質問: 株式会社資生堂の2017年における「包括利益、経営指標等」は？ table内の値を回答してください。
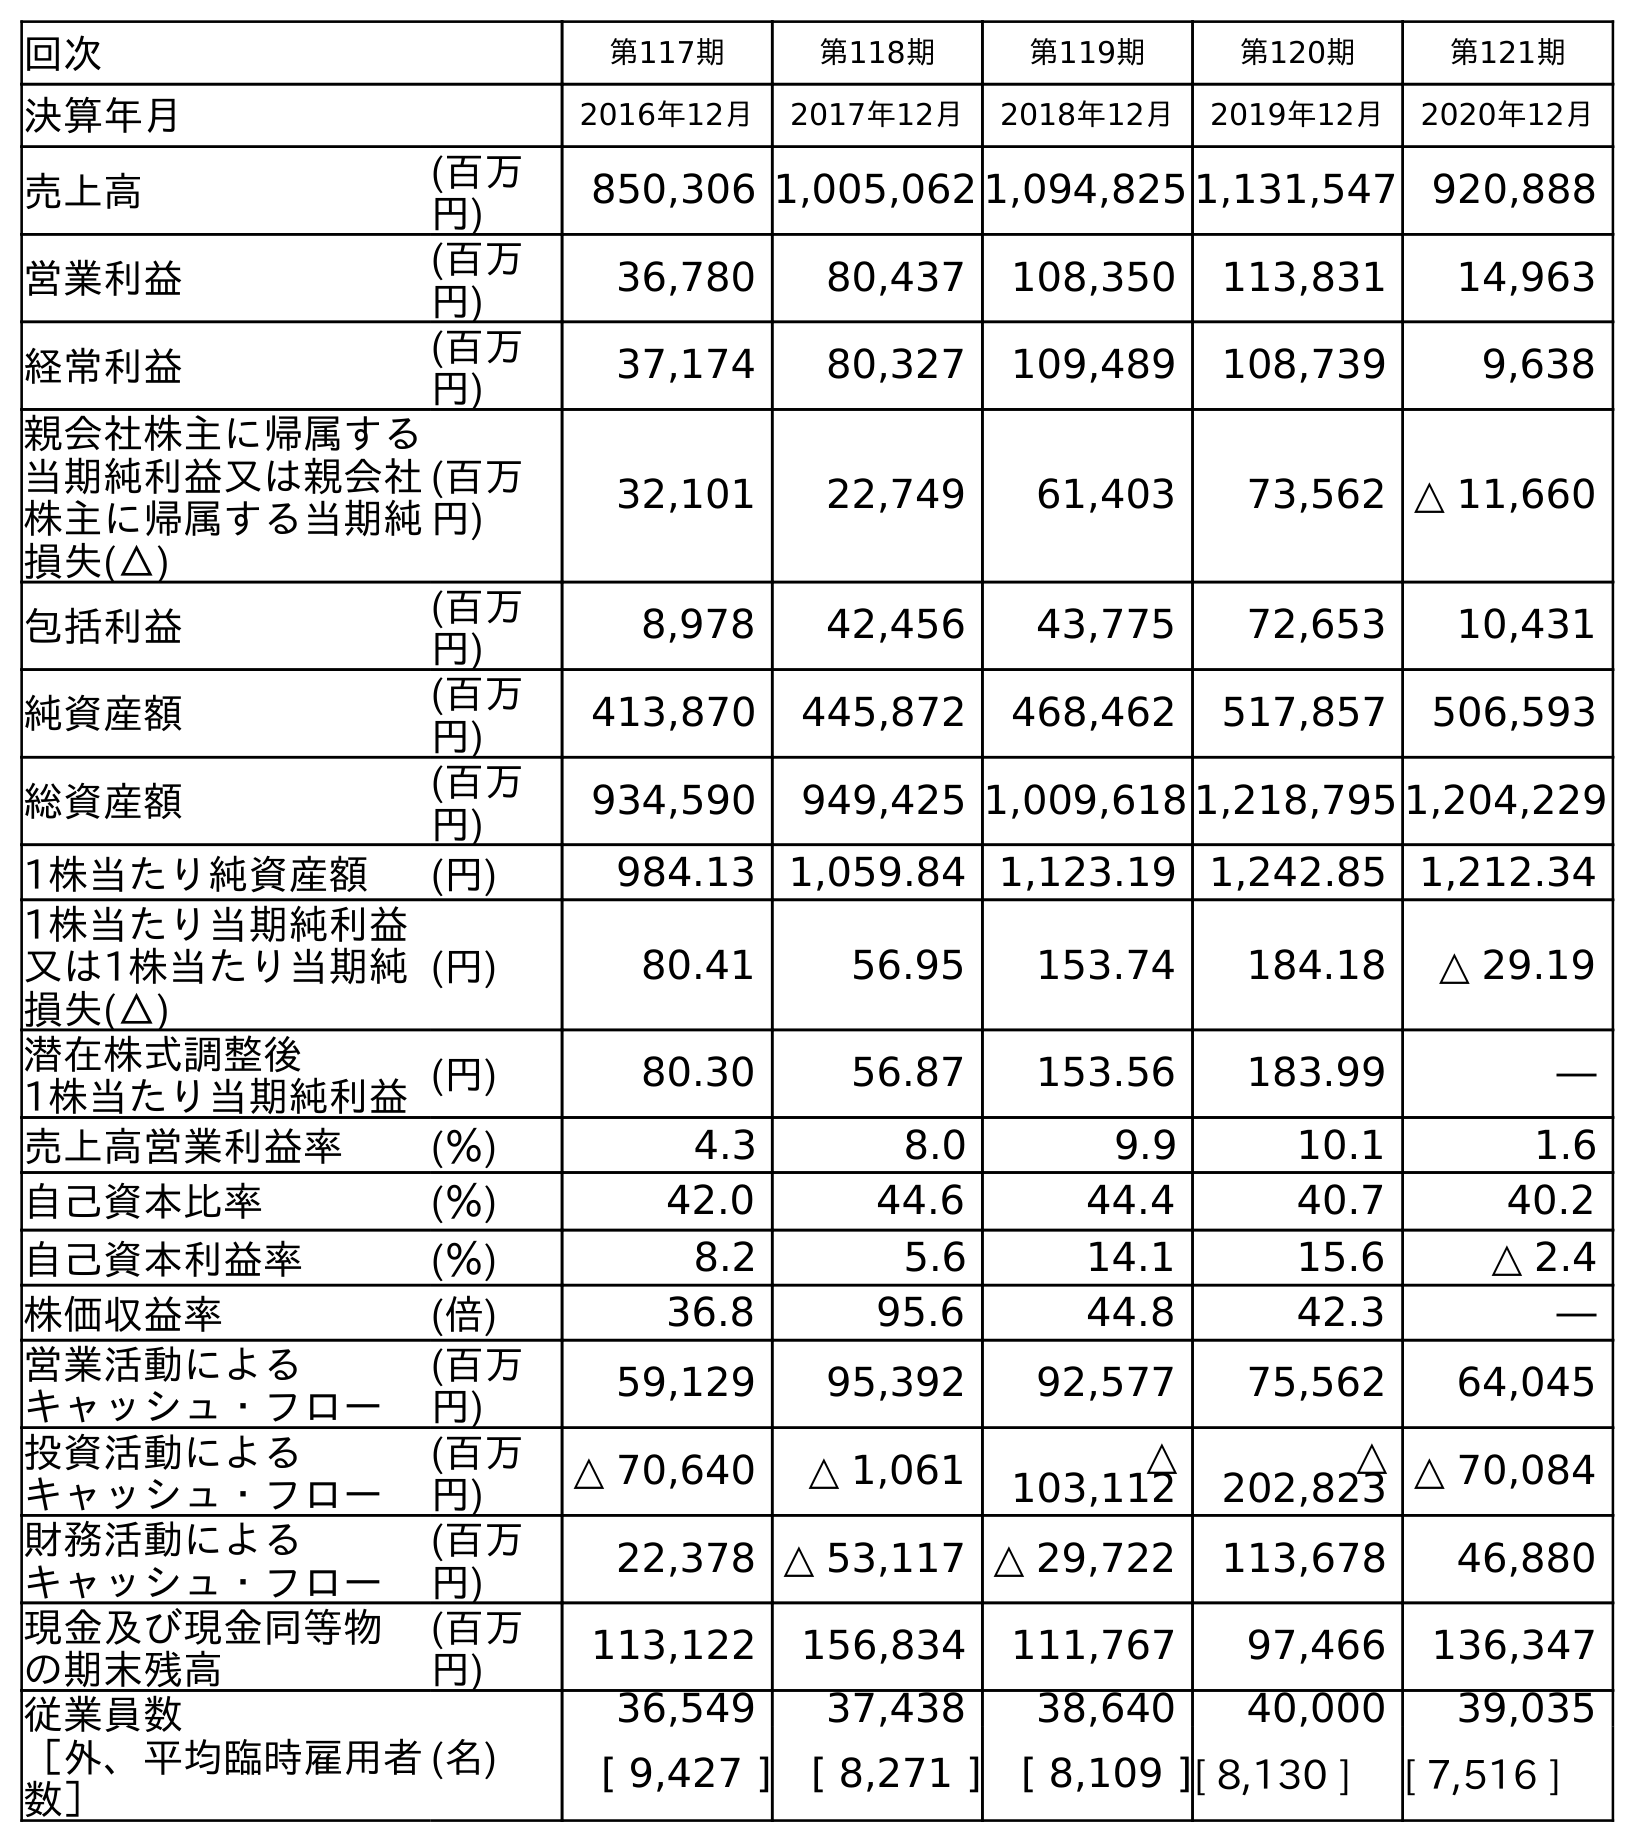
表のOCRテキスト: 回次 第117期 第118期 第119期 第120期 第121期 決算年月 2016年12月 2017年12月 2018年12月 2019年12月 2020年12月 売上高 (百万 円) 850,306 1,005,062 1,094,825 1,131,547 920,888 営業利益 (百万 円) 36,780 80,437 108,350 113,831 14,963 経常利益 (百万 円) 37,174 80,327 109,489 108,739 9,638 親会社株主に帰属する 当期純利益又は親会社 株主に帰属する当期純 損失(△) (百万 円) 32,101 22,749 61,403 73,562 △ 11,660 包括利益 (百万 円) 8,978 42,456 43,775 72,653 10,431 純資産額 (百万 円) 413,870 445,872 468,462 517,857 506,593 総資産額 (百万 円) 934,590 949,425 1,009,618 1,218,795 1,204,229 1株当たり純資産額 (円) 984.13 1,059.84 1,123.19 1,242.85 1,212.34 1株当たり当期純利益 又は1株当たり当期純 損失(△) (円) 80.41 56.95 153.74 184.18 △ 29.19 潜在株式調整後 1株当たり当期純利益(円) 80.30 56.87 153.56 183.99 ― 売上高営業利益率 (％) 4.3 8.0 9.9 10.1 1.6 自己資本比率 (％) 42.0 44.6 44.4 40.7 40.2 自己資本利益率 (％) 8.2 5.6 14.1 15.6 △ 2.4 株価収益率 (倍) 36.8 95.6 44.8 42.3 ― 営業活動による キャッシュ・フロー (百万 円) 59,129 95,392 92,577 75,562 64,045 投資活動による キャッシュ・フロー (百万 円) △ 70,640 △ 1,061 △ 103,112 △ 202,823 △ 70,084 財務活動による キャッシュ・フロー (百万 円) 22,378 △ 53,117 △ 29,722 113,678 46,880 現金及び現金同等物 の期末残高 (百万 円) 113,122 156,834 111,767 97,466 136,347 従業員数 ［外、平均臨時雇用者 数］ (名) 36,549 37,438 38,640 40,000 39,035 [ 9,427 ] [ 8,271 ] [ 8,109 ][ 8,130 ] [ 7,516 ]
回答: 42,456